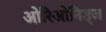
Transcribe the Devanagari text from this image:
ओरिओनिड्ज